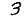
Digit: 3